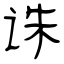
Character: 诛